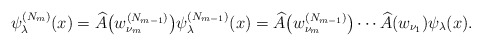
\begin{align*} \psi _{\lambda }^{( N_{m}) }(x)=\widehat{A}\big( w_{\nu _{m}}^{( N_{m-1}) }\big) \psi _{\lambda }^{( N_{m-1}) }(x)=\widehat{A}\big( w_{\nu _{m}}^{( N_{m-1}) }\big) \cdots \widehat{A}( w_{\nu _{1}}) \psi _{\lambda }(x). \end{align*}